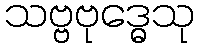
သဗ္ဗဗုဒ္ဓေသု